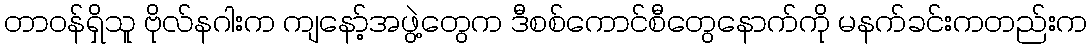
တာဝန်ရှိသူ ဗိုလ်နဂါးက ကျနော့်အဖွဲ့တွေက ဒီစစ်ကောင်စီတွေနောက်ကို မနက်ခင်းကတည်းက